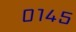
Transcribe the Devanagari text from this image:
०१४५